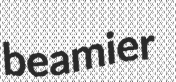
beamier